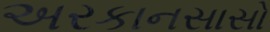
અરકાનસાસો